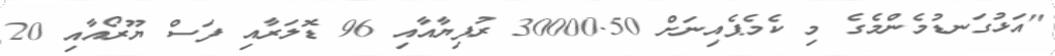
"އަޅުގަނޑުމެންމެގެ މި ކެމެޕެއިނަށް 30000.50 ރުފިޔާއާއި 96 ޑޮލަރާއި ފަސް ޔޫރޯއާއި 20